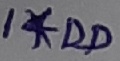
Text: 1*DD